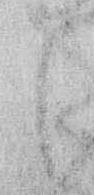
ま